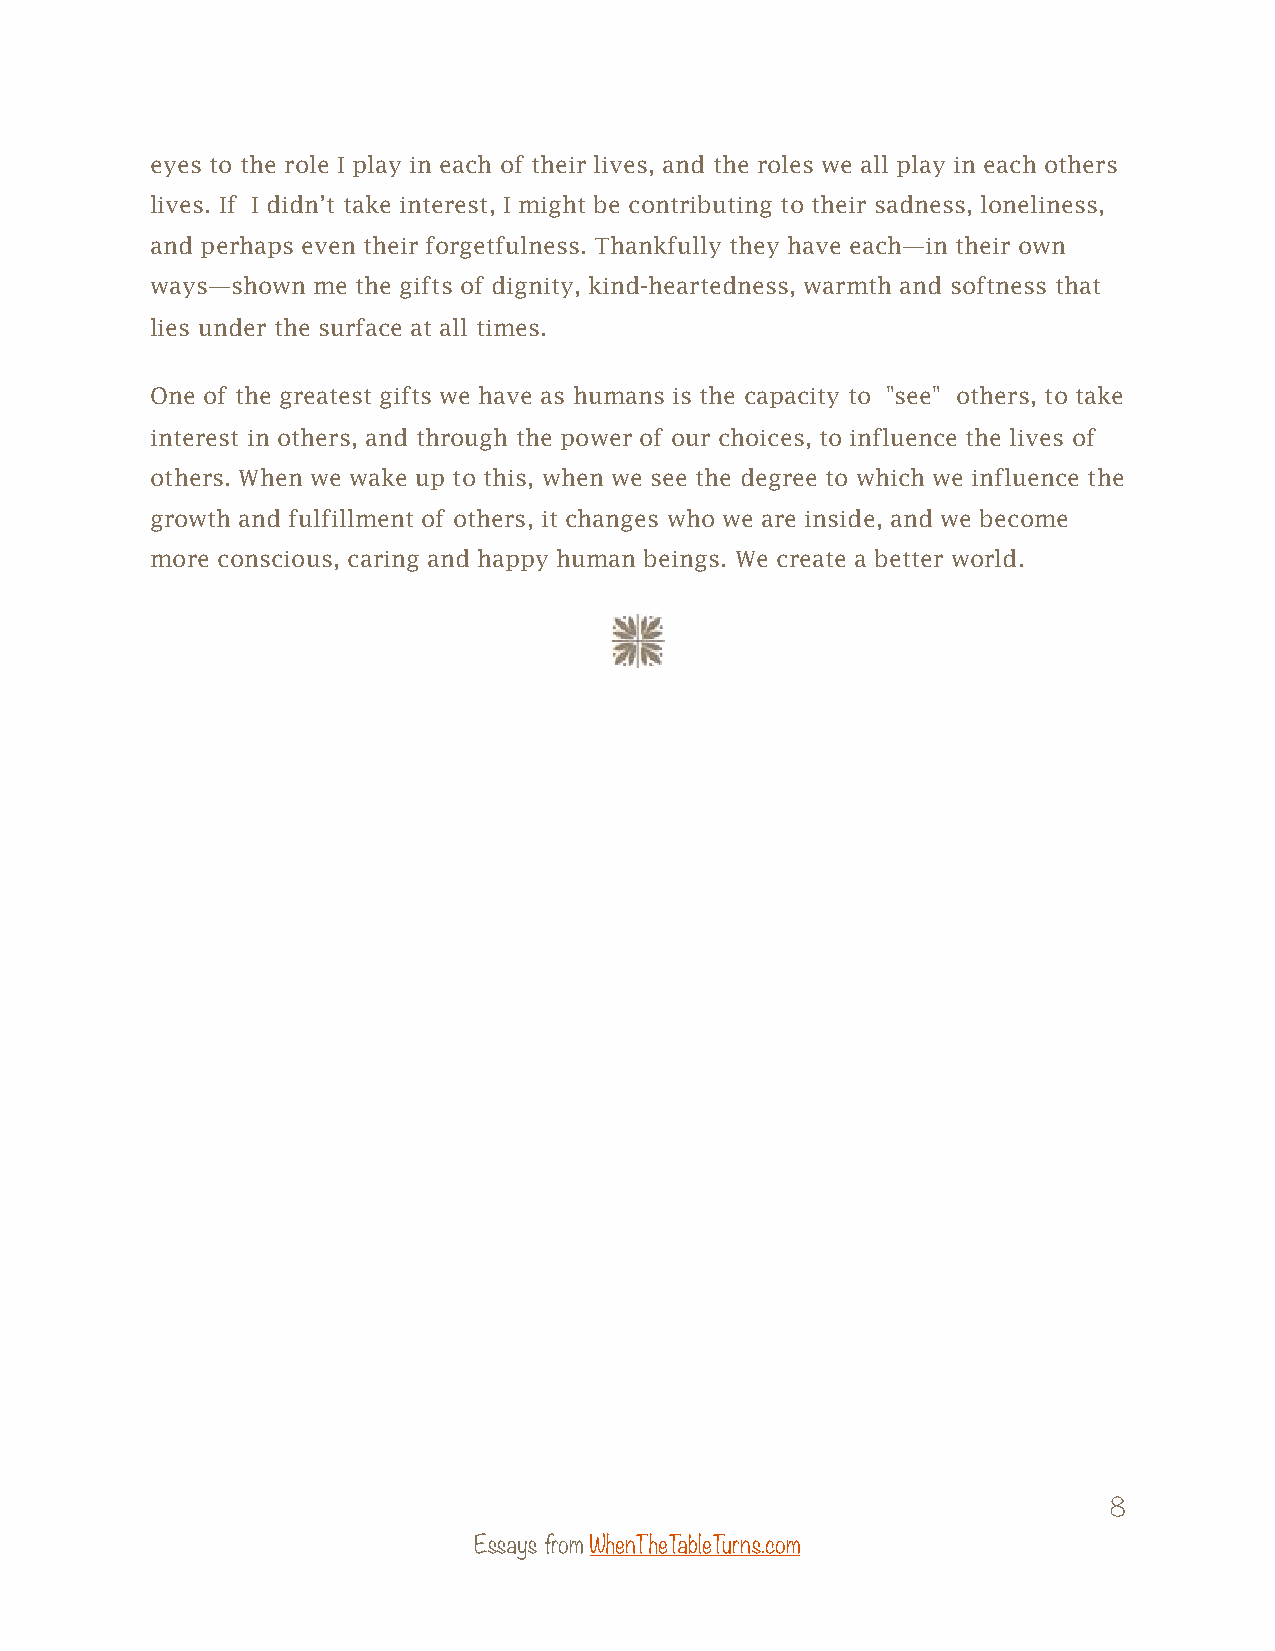
eyes to the role I play in each of their lives, and the roles we all play in each others
 lives. If I didn’t take interest, I might be contributing to their sadness, loneliness,
 and perhaps even their forgetfulness. Thankfully they have each—in their own
 ways—shown me the gifts of dignity, kind-heartedness, warmth and softness that
 lies under the surface at all times.
 One of the greatest gifts we have as humans is the capacity to "see" others, to take
 interest in others, and through the power of our choices, to influence the lives of
 others. When we wake up to this, when we see the degree to which we influence the
 growth and fulfillment of others, it changes who we are inside, and we become
 more conscious, caring and happy human beings. We create a better world.
 8
 Essays from WhenTheTableTurns.com